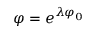
\varphi = e ^ { \lambda \varphi _ { 0 } }